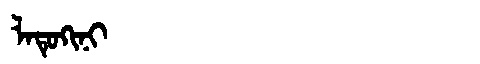
Manchu: ᠯᠠᡨᡠᡴᡳᠨᡳ
Romanization: LATUKINI